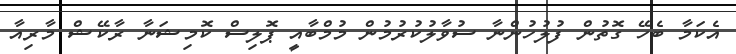
އެކަމާ ބެހޭ ގޮތުން ފުލުހުންނާ ސުވާލުކުރުމުން މުމްބާއީ ޕޮލިސް ކޮމިޝަނާ ރާކޭޝް މާރިއާ